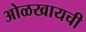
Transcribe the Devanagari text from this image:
ओळखायची